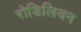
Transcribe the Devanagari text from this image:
रोडिलियन